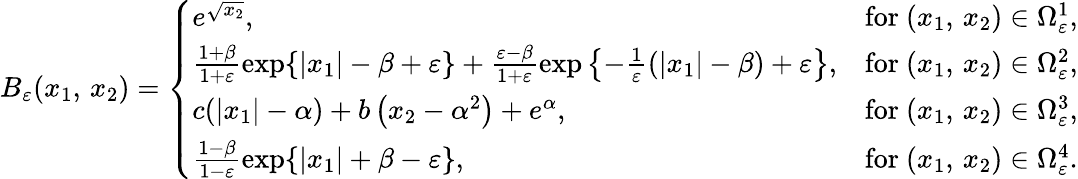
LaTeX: B_{\varepsilon}(x_{1},\, x_{2})=\left\{ \begin{array}{ll}{e^{\sqrt{x_{2}}},}&{\mathrm{for~}(x_{1},\, x_{2})\in\Omega_{\varepsilon}^{1},}\\ {\frac{1+\beta}{1+\varepsilon}\exp\{ |x_{1}|-\beta+\varepsilon\} +\frac{\varepsilon-\beta}{1+\varepsilon}\exp\left\{ -\frac{1}{\varepsilon}(|x_{1}|-\beta)+\varepsilon\right\} ,}&{\mathrm{for~}(x_{1},\, x_{2})\in\Omega_{\varepsilon}^{2},}\\ {c(|x_{1}|-\alpha)+b\left(x_{2}-\alpha^{2}\right)+e^{\alpha},}&{\mathrm{for~}(x_{1},\, x_{2})\in\Omega_{\varepsilon}^{3},}\\ {\frac{1-\beta}{1-\varepsilon}\exp\{ |x_{1}|+\beta-\varepsilon\} ,}&{\mathrm{for~}(x_{1},\, x_{2})\in\Omega_{\varepsilon}^{4}.}\end{array}\right.